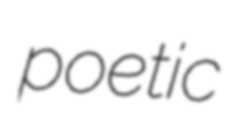
poetic